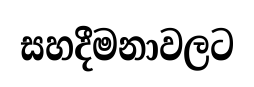
සහදීමනාවලට